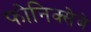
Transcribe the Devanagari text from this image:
फोनिक्सेबे